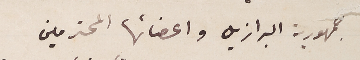
جمهورية البرازيل واعضائها المحترمين